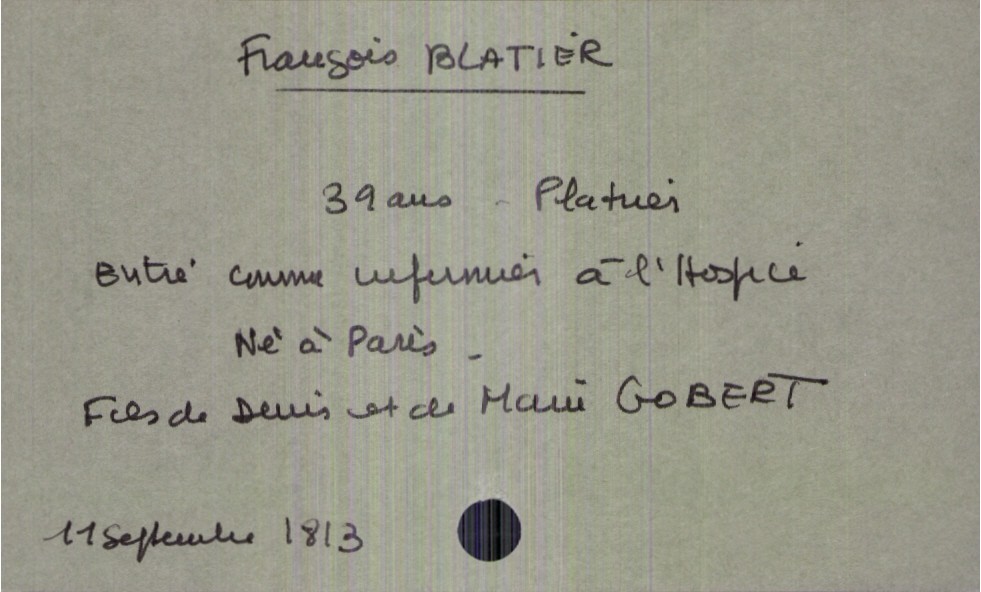
type_acte: Décès
année: 1813
mois: septembre
jour: 11
défunt_nom: Blatier
défunt_prénom: François
défunt_sexe: H
défunt_âge: 39 ans
défunt_profession: platrier entré comme infirmier à l'hospice
défunt_lieu_de_naissance: Paris
père_défunt_nom: Blatier
père_défunt_prénom: Denis
mère_défunt_nom: Gobert
mère_défunt_prénom: Marie